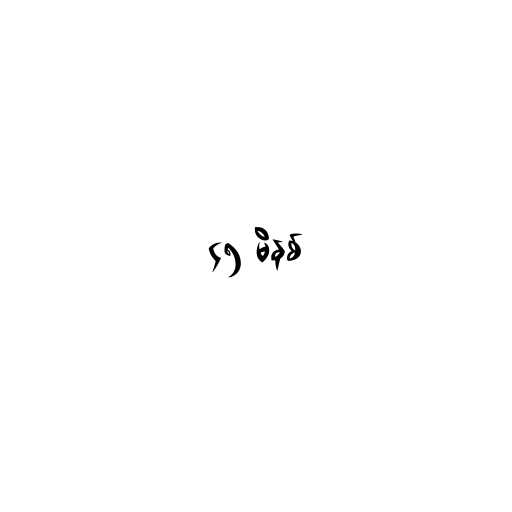
၄၅ မိနစ်